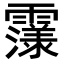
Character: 𮦴